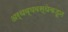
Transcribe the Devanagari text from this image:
अर्थव्यवस्थेकडून